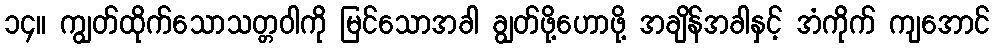
၁၄။ ကျွတ်ထိုက်သောသတ္တဝါကို မြင်သောအခါ ချွတ်ဖို့ဟောဖို့ အချိန်အခါနှင့် အံကိုက် ကျအောင်